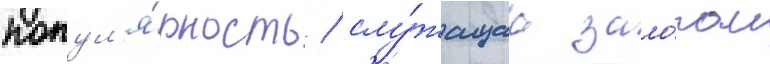
попул'я́рность / слу́жащаа зало́гом